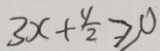
3 x + \frac { y } { 2 } \geq 0